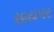
સાયપર